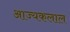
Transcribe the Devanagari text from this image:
आज्यकलाल